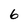
Character: 6